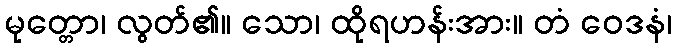
မုတ္တော၊ လွတ်၏။ သော၊ ထိုရဟန်းအား။ တံ ဝေဒနံ၊